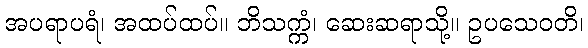
အပရာပရံ၊ အထပ်ထပ်။ ဘိသက္ကံ၊ ဆေးဆရာသို့။ ဥပသေဝတိ၊